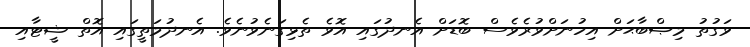
ވަގުތު މިޞްބާޙަށް އިހުނަށްވުރެވެސް ބޮޑަށް އެނދުގައި އޮވެ ތެޅިގަނެވުނެވެ. އެނދުމަތީގައި އޮތް ޝީޓާއި